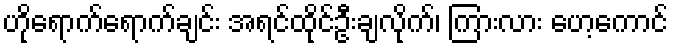
ဟိုရောက်ရောက်ချင်း အရင်ထိုင်ဦးချလိုက်၊ ကြားလား ဟေ့ကောင်